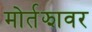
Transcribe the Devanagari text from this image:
मोर्तझावर